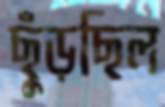
ছুঁড়ছিল